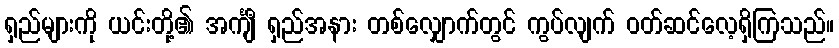
ရှည်များကို ယင်းတို့၏ အင်္ကျီ ရှည်အနား တစ်လျှောက်တွင် ကွပ်လျက် ဝတ်ဆင်လေ့ရှိကြသည်။